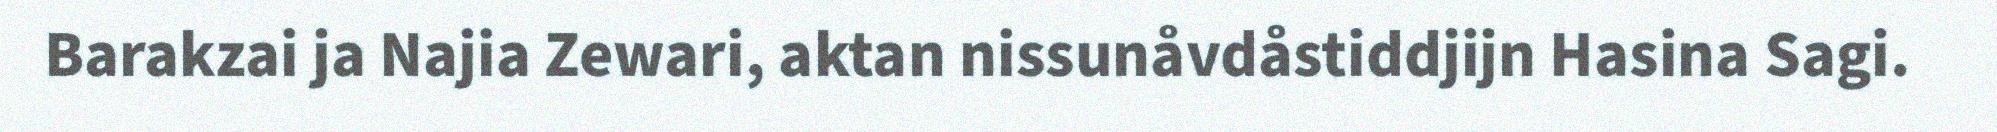
Barakzai ja Najia Zewari, aktan nissunåvdåstiddjijn Hasina Sagi.